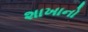
શાખાનો